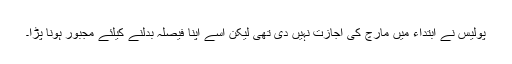
پولیس نے ابتداء میں مارچ کی اجازت نہیں دی تھی لیکن اسے اپنا فیصلہ بدلنے کیلئے مجبور ہونا پڑا۔